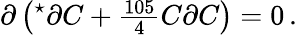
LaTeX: \partial\left({}^{\star}\partial C+{\textstyle\frac{105}{4}}C\partial C\right)=0\, .